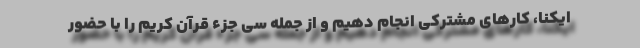
ایکنا، کارهای مشترکی انجام دهیم و از جمله سی جزء قرآن کریم را با حضور